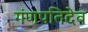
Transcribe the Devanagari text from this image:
गंणपतिदेव